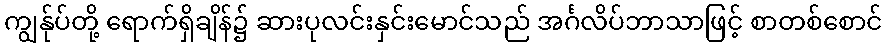
ကျွန်ုပ်တို့ ရောက်ရှိချိန်၌ ဆားပုလင်းနှင်းမောင်သည် အင်္ဂလိပ်ဘာသာဖြင့် စာတစ်စောင်